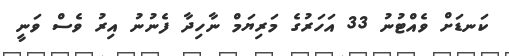
ކަނޑަށް ވެއްޓުނު 33 އަހަރުގެ މަރިޔަމް ނާހިދާ ފެނުނު އިރު ވެސް ވަނީ